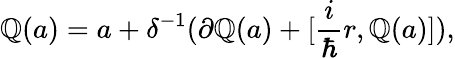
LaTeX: \mathbb{Q}(a)=a+\delta^{-1}(\partial\mathbb{Q}(a)+[\frac{{i}}{{\hbar}}r,\mathbb{Q}(a)]),